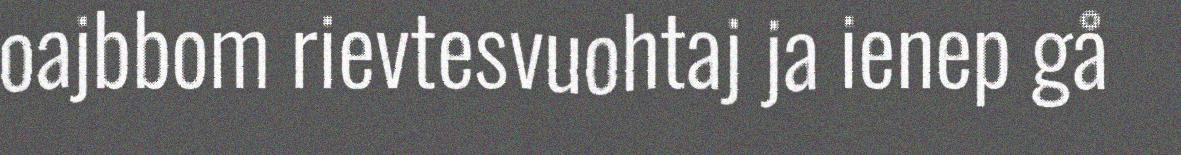
oajbbom rievtesvuohtaj ja ienep gå